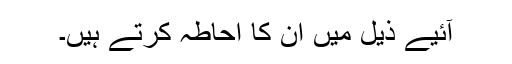
آئیے ذیل میں ان کا احاطہ کرتے ہیں۔